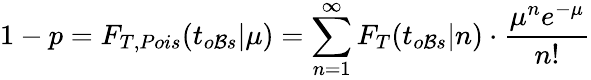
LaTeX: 1-p=F_{T,Pois}(t_{o\mathcal{B}s}|\mu)=\sum_{n=1}^{\infty}F_{T}(t_{o\mathcal{B}s}|n)\cdot\frac{{\mu^{n}e^{-\mu}}}{{n!}}